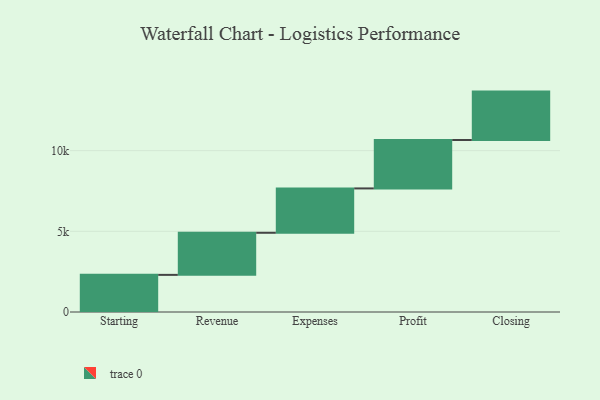
{"axis": {"x": "Step", "y": "Value"}, "legend": [""], "data": [{"x": "Starting", "y": 2301.0, "type": ""}, {"x": "Revenue", "y": 2608.0, "type": ""}, {"x": "Expenses", "y": 2749.0, "type": ""}, {"x": "Profit", "y": 3000, "type": ""}, {"x": "Closing", "y": 3000, "type": ""}]}